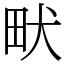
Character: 畎